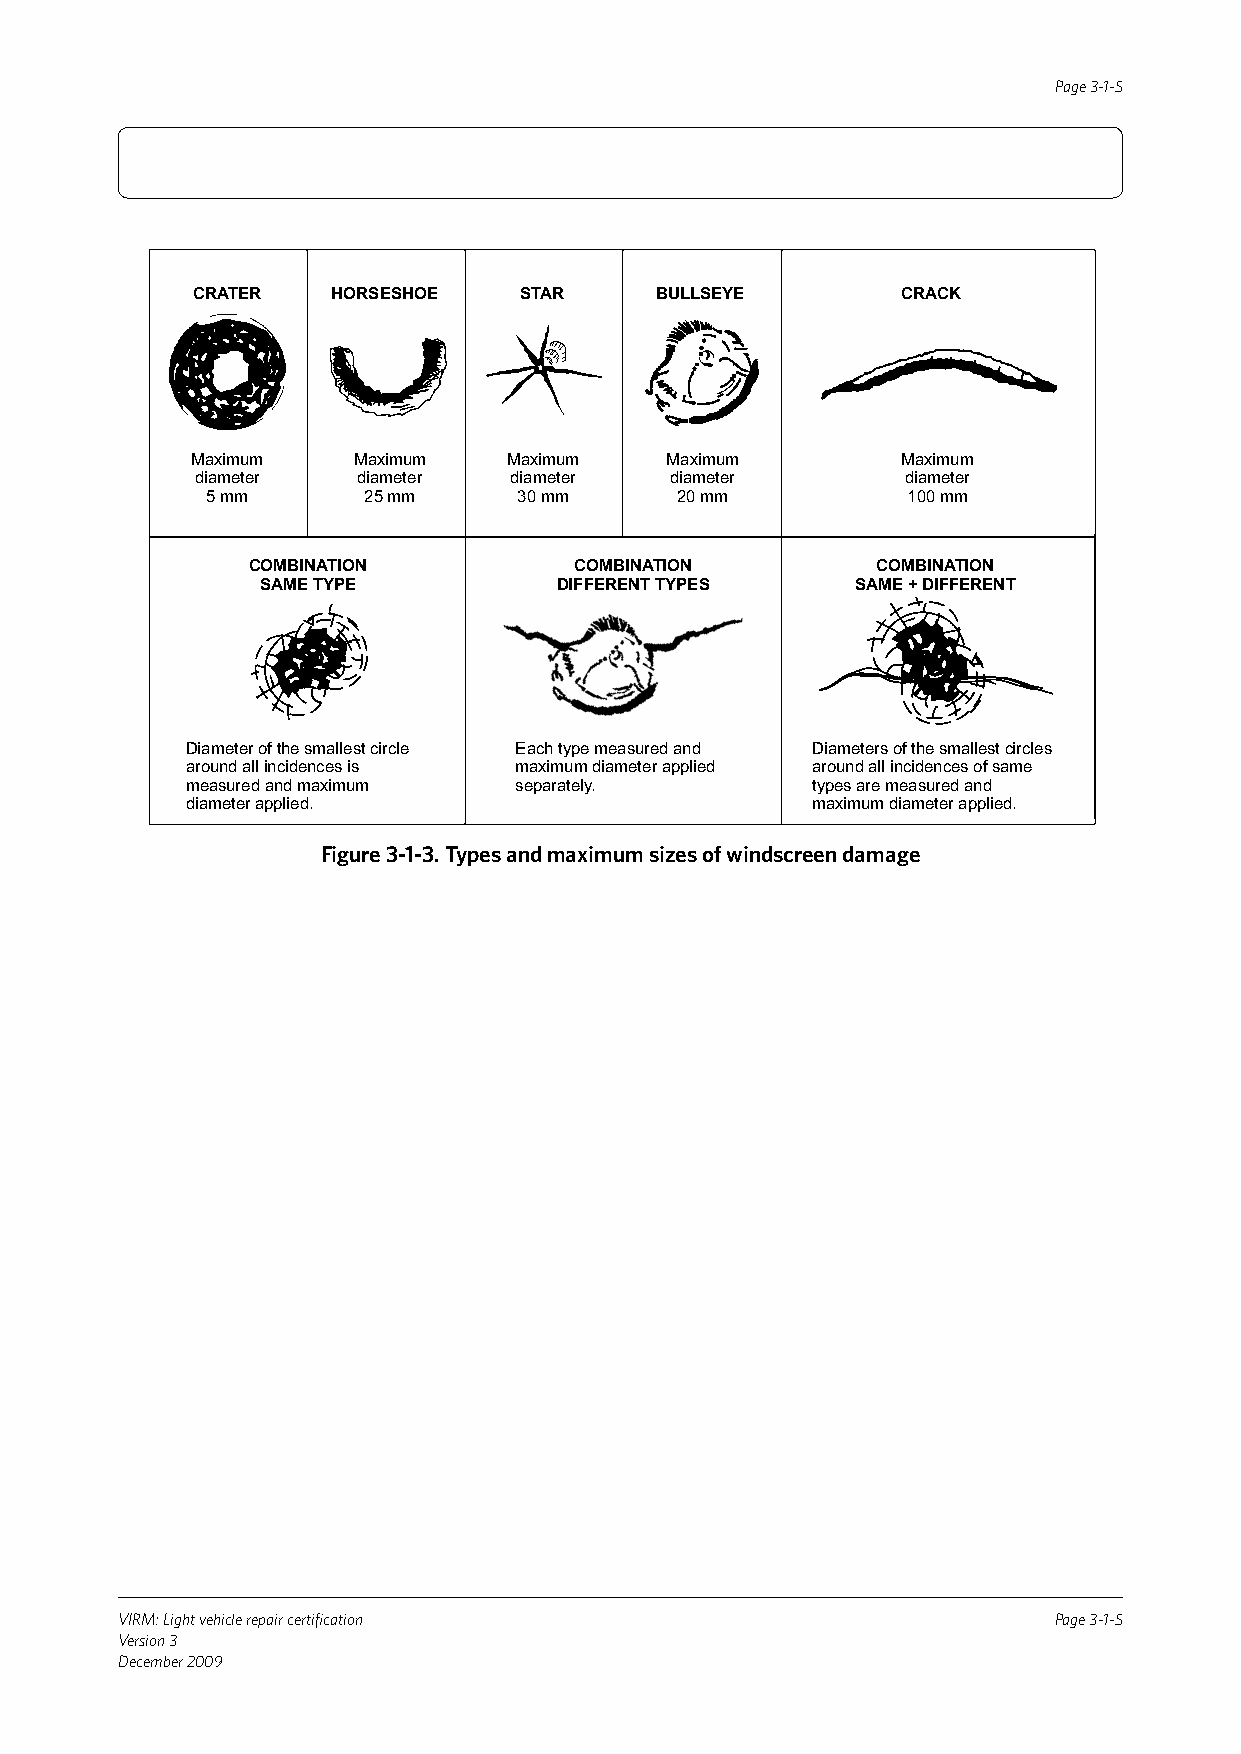
Page 3-1-5
 CRATER   HORSESHOE   STAR     BULLSEYE         CRACK
 Maximum   Maximum    Maximum   Maximum         Maximum
 diameter   diameter  diameter  diameter        diameter
 5mm       25mm      30mm       20mm           100mm
 COMBINATION           COMBINATION         COMBINATION
 SAMETYPE            DIFFERENTTYPES      SAME+DIFFERENT
 Diameterofthesmallestcircle Eachtypemeasuredand Diametersofthesmallestcircles
 aroundallincidencesis maximumdiameterapplied aroundallincidencesofsame
 measuredandmaximum    separately.         typesaremeasuredand
 diameterapplied.                          maximumdiameterapplied.
 Figure 3-1-3. Types and maximum sizes of windscreen damage
 VIRM: Light vehicle repair certification                      Page 3-1-5
 Version 3
 December 2009